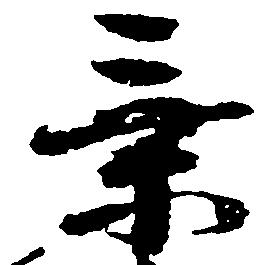
乗